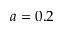
a = 0 . 2